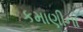
કમાણીના